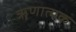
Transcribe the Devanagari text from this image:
ॠणात्मक